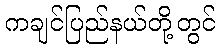
ကချင်ပြည်နယ်တို့တွင်